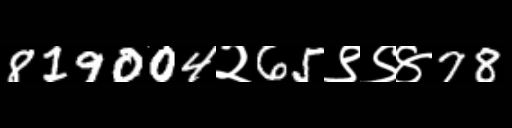
Text: 819004२65९९४78